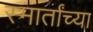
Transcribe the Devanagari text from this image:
स्मार्तांच्या